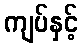
ကျပ်နှင့်